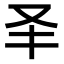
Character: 𠬤